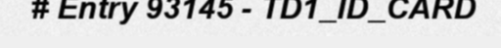
# Entry 93145 - TD1_ID_CARD